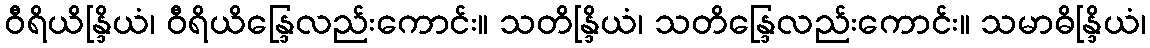
ဝီရိယိန္ဒြိယံ၊ ဝီရိယိန္ဒြေလည်းကောင်း။ သတိန္ဒြိယံ၊ သတိန္ဒြေလည်းကောင်း။ သမာဓိန္ဒြိယံ၊